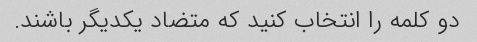
دو کلمه را انتخاب کنید که متضاد یکدیگر باشند.